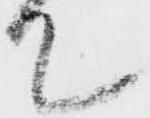
て